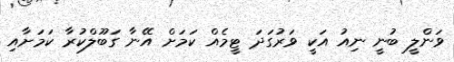
ވަންލީ ބުނީ ނިއު އަކީ ވަރުގަދަ ޓީމެއް ކަމަށް އޭނާ ގަބޫލްކުރާ ކަމަށާއި